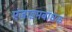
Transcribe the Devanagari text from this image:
एंजाइमबाधक